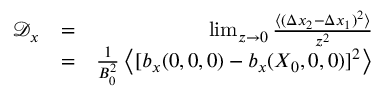
\begin{array} { r l r } { \mathcal D _ { x } } & { = } & { \operatorname* { l i m } _ { z \to 0 } \frac { \langle ( \Delta x _ { 2 } - \Delta x _ { 1 } ) ^ { 2 } \rangle } { z ^ { 2 } } } \\ & { = } & { \frac { 1 } { B _ { 0 } ^ { 2 } } \left\langle [ b _ { x } ( 0 , 0 , 0 ) - b _ { x } ( X _ { 0 } , 0 , 0 ) ] ^ { 2 } \right\rangle } \end{array}